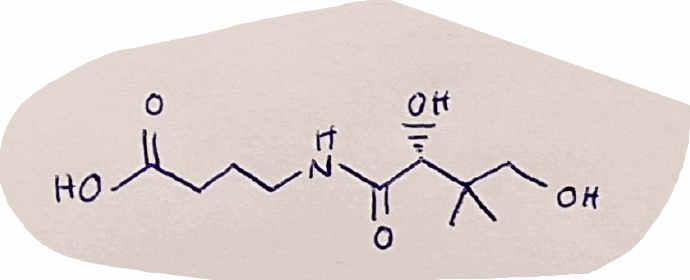
Simplified molecular-input line-entry system (SMILES) notation of the given molecule:
CC(C)(CO)[C@H](C(=O)NCCCC(=O)O)O